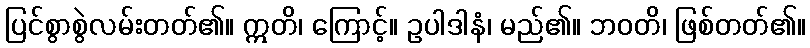
ပြင်စွာစွဲလမ်းတတ်၏။ ဣတိ၊ ကြောင့်။ ဥပါဒါနံ၊ မည်၏။ ဘဝတိ၊ ဖြစ်တတ်၏။